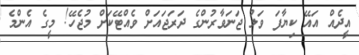
އީދެއް އައޭ ކިޔާފަ ވަލު ޖަނަވާރުންގެ ދަރަޖައަށް ވެއްޓޭކަށް މުޖެހޭ! މީގެ އެންމެ